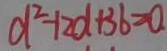
a ^ { 2 } - 1 2 d + 3 b = 0